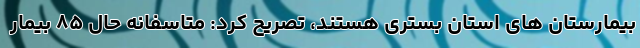
بیمارستان های استان بستری هستند، تصریح کرد: متاسفانه حال ۸۵ بیمار